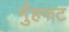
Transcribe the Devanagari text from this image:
मुँहफट